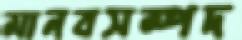
মানবসম্পদ